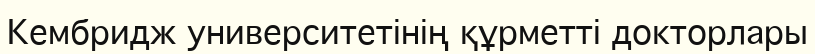
Кембридж университетінің құрметті докторлары